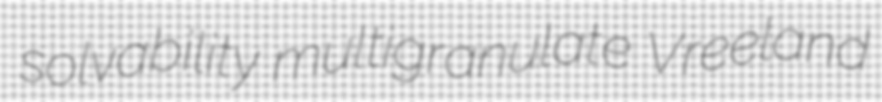
solvability multigranulate Vreeland